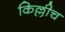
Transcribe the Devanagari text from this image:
किल्लीच